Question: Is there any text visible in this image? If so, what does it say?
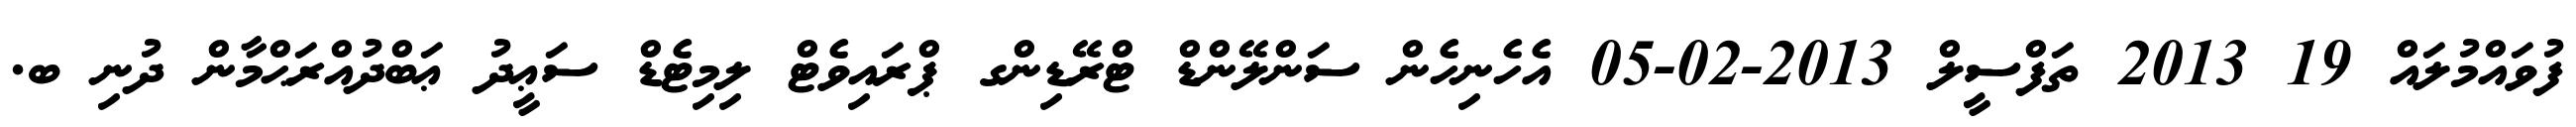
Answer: ފުވައްމުލައް 19 2013 ތަފްސީލް 2013-02-05 އެހެނިހެން ސަންލޭންޑް ޓްރޭޑިންގ ޕްރައިވެޓް ލިމިޓެޑް ސަޢީދު ޢަބްދުއްރަޙްމާން ދުނި ބ.